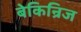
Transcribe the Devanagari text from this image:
बेकिन्रिज